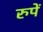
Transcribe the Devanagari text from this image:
रुपें